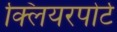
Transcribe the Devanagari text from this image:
क्लियरपोर्ट